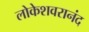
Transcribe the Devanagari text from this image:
लोकेशवरानंद